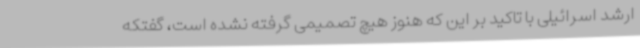
ارشد اسرائیلی با تاکید بر این که هنوز هیچ تصمیمی گرفته نشده است، گفتکه